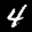
Label: 4